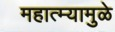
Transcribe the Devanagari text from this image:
महात्म्यामुळे